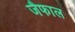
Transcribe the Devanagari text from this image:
जैफाल